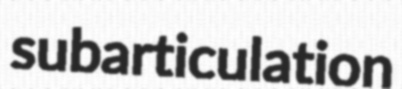
subarticulation